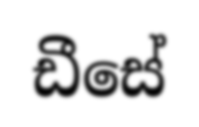
ඩීසේ